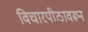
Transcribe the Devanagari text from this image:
विचारपीठावरून